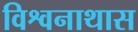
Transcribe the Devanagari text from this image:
विश्वनाथास